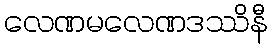
လေဏမလေဏဒဿိနီ